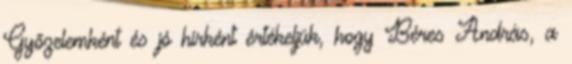
Győzelemként és jó hírként értékeljük, hogy Béres András, a